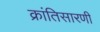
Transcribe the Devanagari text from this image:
क्रांतिसारणी